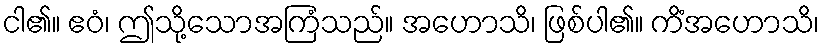
ငါ၏။ ဧဝံ၊ ဤသို့သောအကြံသည်။ အဟောသိ၊ ဖြစ်ပါ၏။ ကိံအဟောသိ၊